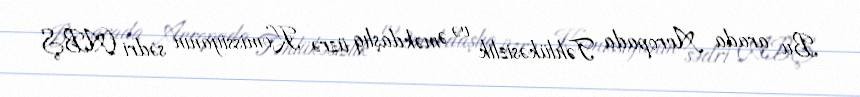
Bu arada Avropada Təhlükəsizlik və Əməkdaşlıq üzrə Komissiyanın sədri (ABŞ